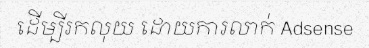
ដើម្បីរកលុយ ដោយការលាក់ Adsense